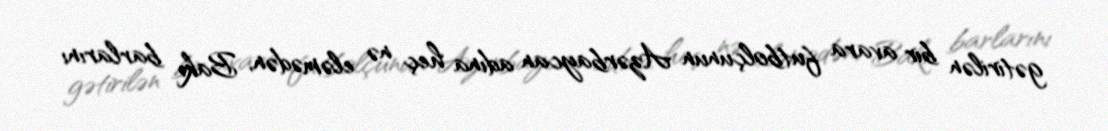
gətirilən bir avara futbolçunun Azərbaycan adına heç nə eləmədən, Bakı barlarını